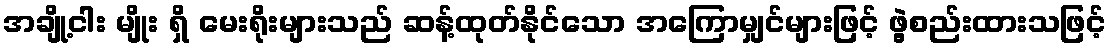
အချို့ငါး မျိုး ရှိ မေးရိုးများသည် ဆန့်ထုတ်နိုင်သော အကြောမျှင်များဖြင့် ဖွဲ့စည်းထားသဖြင့်